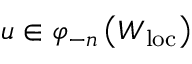
u \in \varphi _ { - n } \left( W _ { \mathrm { l o c } } \right)